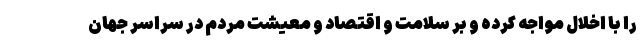
را با اخلال مواجه کرده و بر سلامت و اقتصاد و معیشت مردم در سراسر جهان